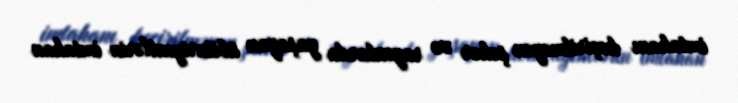
imtahanı keçirilməyən şəhər və rayonlarda yaşayan abituriyentlərin imtahan